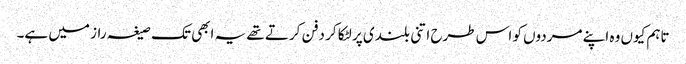
تاہم کیوں وہ اپنے مردوں کو اس طرح اتنی بلندی پر لٹکا کر دفن کرتے تھے یہ ابھی تک صیغہ راز میں ہے۔